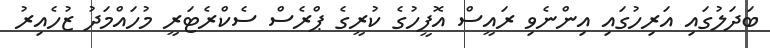
ބަދަލުގައި އަރިހުގައި އިންނެވި ރައީސް އޮފީހުގެ ކުރީގެ ޕްރެސް ސެކްރެޓަރީ މުހައްމަދު ޒުހެއިރު